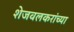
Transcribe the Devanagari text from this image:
शेजवलकरांच्या